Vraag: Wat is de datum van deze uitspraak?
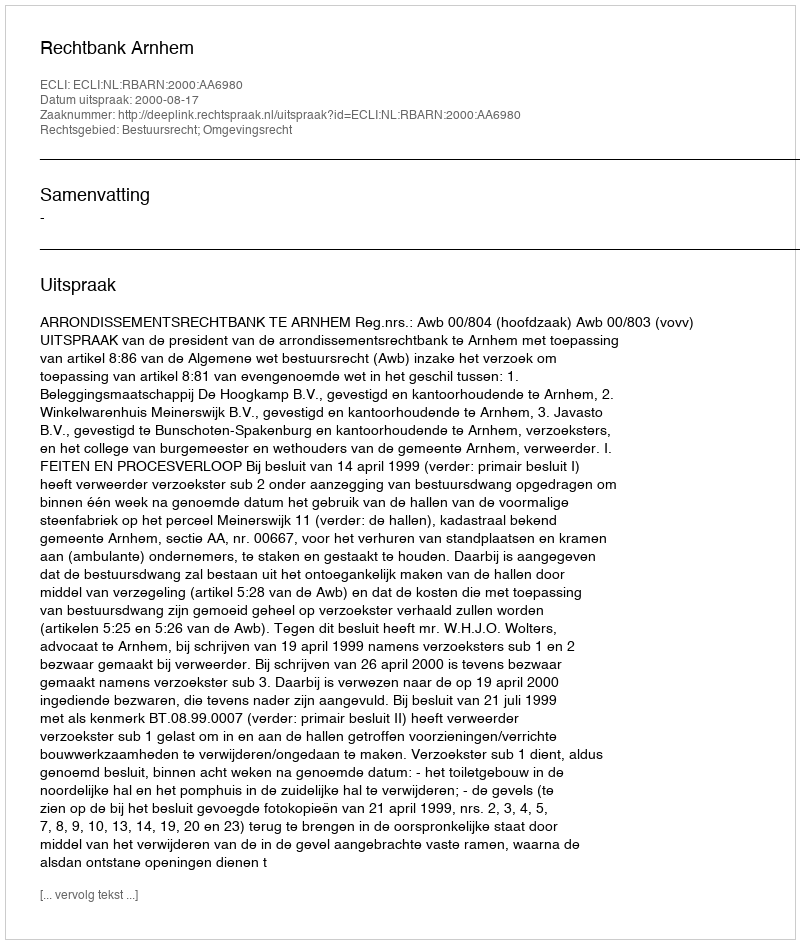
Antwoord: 2000-08-17